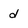
Character: d